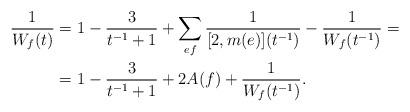
LaTeX: \begin{align*}\frac{1}{W_f(t)} &= 1 - \frac{3}{t^{-1}+1} + \sum_{ef} \frac{1}{[2,m(e)](t^{-1})} - \frac{1}{W_f(t^{-1})} =\\&= 1 - \frac{3}{t^{-1}+1} + 2A(f) + \frac{1}{W_f(t^{-1})}.\end{align*}